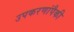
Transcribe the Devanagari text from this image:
उपकरणांपैकी